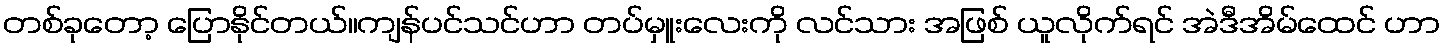
တစ်ခုတော့ ပြောနိုင်တယ်။ကျန်ပင်သင်ဟာ တပ်မှူးလေးကို လင်သား အဖြစ် ယူလိုက်ရင် အဲဒီအိမ်ထေင် ဟာ